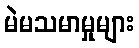
မဲမသမာမှုများ